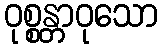
ဝုစ္စန္တာဝုသော